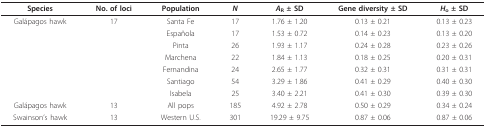
<table><thead><tr><td><b>Species</b></td><td><b>No. of loci</b></td><td><b>Population</b></td><td><b><i>N</i></b></td><td><b><i>A</i><sub>R </sub>± SD</b></td><td><b>Gene diversity ± SD</b></td><td><b><i>H</i><sub>o </sub>± SD</b></td></tr></thead><tbody><tr><td>Galápagos hawk</td><td>17</td><td>Santa Fe</td><td>17</td><td>1.76 ± 1.20</td><td>0.13 ± 0.21</td><td>0.13 ± 0.23</td></tr><tr><td>[EMPTY_CELL]</td><td>[EMPTY_CELL]</td><td>Española</td><td>17</td><td>1.53 ± 0.72</td><td>0.14 ± 0.23</td><td>0.13 ± 0.20</td></tr><tr><td>[EMPTY_CELL]</td><td>[EMPTY_CELL]</td><td>Pinta</td><td>26</td><td>1.93 ± 1.17</td><td>0.24 ± 0.28</td><td>0.23 ± 0.26</td></tr><tr><td>[EMPTY_CELL]</td><td>[EMPTY_CELL]</td><td>Marchena</td><td>22</td><td>1.84 ± 1.13</td><td>0.18 ± 0.25</td><td>0.20 ± 0.31</td></tr><tr><td>[EMPTY_CELL]</td><td>[EMPTY_CELL]</td><td>Fernandina</td><td>24</td><td>2.65 ± 1.77</td><td>0.32 ± 0.31</td><td>0.31 ± 0.31</td></tr><tr><td>[EMPTY_CELL]</td><td>[EMPTY_CELL]</td><td>Santiago</td><td>54</td><td>3.29 ± 1.86</td><td>0.41 ± 0.29</td><td>0.40 ± 0.30</td></tr><tr><td>[EMPTY_CELL]</td><td>[EMPTY_CELL]</td><td>Isabela</td><td>25</td><td>3.40 ± 2.21</td><td>0.41 ± 0.30</td><td>0.39 ± 0.30</td></tr><tr><td>Galápagos hawk</td><td>13</td><td>All pops</td><td>185</td><td>4.92 ± 2.78</td><td>0.50 ± 0.29</td><td>0.34 ± 0.24</td></tr><tr><td>Swainson's hawk</td><td>13</td><td>Western U.S.</td><td>301</td><td>19.29 ± 9.75</td><td>0.87 ± 0.06</td><td>0.87 ± 0.06</td></tr></tbody></table>